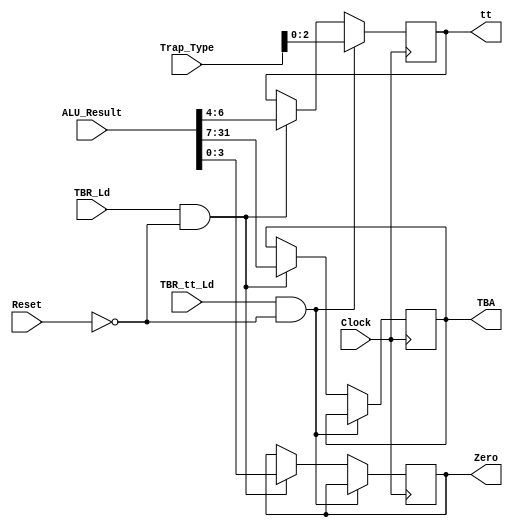
module Trap_Base_Register (
							/* -------------------- Output -------------------- */
							output reg [24:0] TBA,
							output reg [2:0] tt,
							output reg [3:0] Zero,
							/* -------------------- Input -------------------- */
							input [6:0] Trap_Type,
							input [31:0] ALU_Result,
							input TBR_Ld,
							input TBR_tt_Ld,
							input Clock,
							input Reset
							);
	
	initial
		begin
		TBA <= 25'd3;
		tt <= 3'd0;
		Zero <= 4'd0;
		end
		
	always @ (negedge Clock)
		begin
		if (TBR_tt_Ld && !Reset)
			begin
			tt <= Trap_Type[2:0];
			end
		else if (TBR_Ld && !Reset)
			begin
			TBA <= ALU_Result[31:7];
			tt <= ALU_Result[6:4];
			Zero <= ALU_Result[3:0];
			end
		end
endmodule